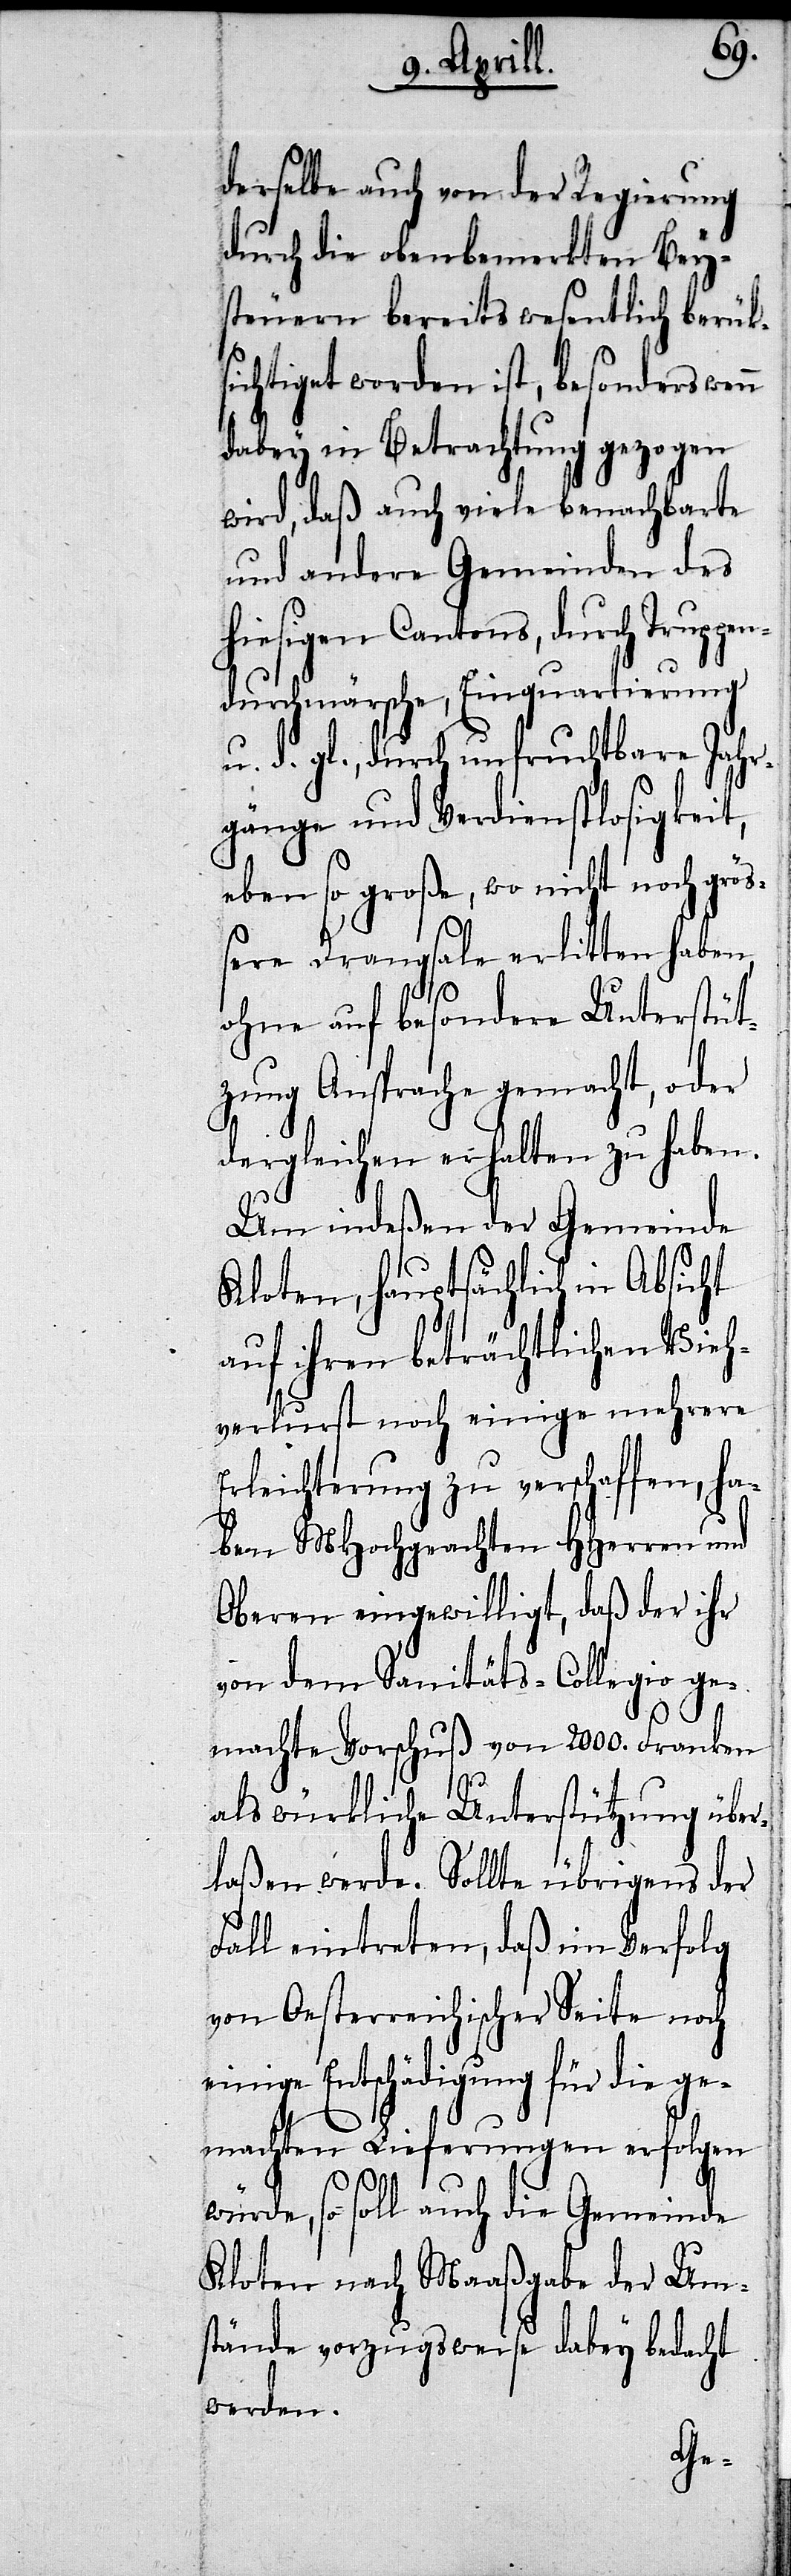
Um¬
derselbe auch von der Regierung
durch die obenbemerkten Bey¬
steuern bereits we¬
ichtiget worden ist,
dabey in Betrachtung gezogen
tbare
wird, daß auch viele ben¬
und andere Gemeinden des
lgen
hiesigen Cantons, durch
durchmärsche, Einquartierung
erfo¬
u. d. gl., durch unfruch¬
gänge und Verdienstlosigke¬
eben so große, wo nicht noch grö¬
ßere Drangsale erlitten haben,
ohne auf besondere Unterstüt¬
zung Ansprache gemacht, oder
dergleichen erhalten zu haben.
Um indeßen der Gemeinde
Kloten, hauptsächlich in Absic¬
auf ihren beträchtlichen Vie¬
verlurst noch einige
Erleichterungen zu verschaffen, ha¬
ben MHochgeachten HHerren und
Obern eingewilligt, daß der ihr
von dem Sanitäts-Coll¬
machte Vorschuß von 2000.
nde
als würkliche Unterstützung
laßen werde. Sollte üb¬
h¬
Fall eintreten, daß im
von Oesterreichischer
nige Entschädigungen
machten Lieferungen
würde, so soll auch die
Kloten nach Maaßgabe
stände vorzugsweise
werden.

bedacht